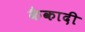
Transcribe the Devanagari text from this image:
कैकादी